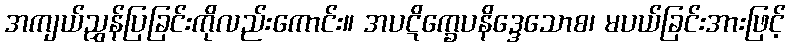
အကျယ်ညွှန်ပြခြင်းကိုလည်းကောင်း။ အပဋိက္ခေပနိဒ္ဒေသောစ၊ မပယ်ခြင်းအားဖြင့်